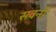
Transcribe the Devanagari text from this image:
सवनों